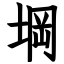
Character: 堈